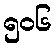
၅၀၆